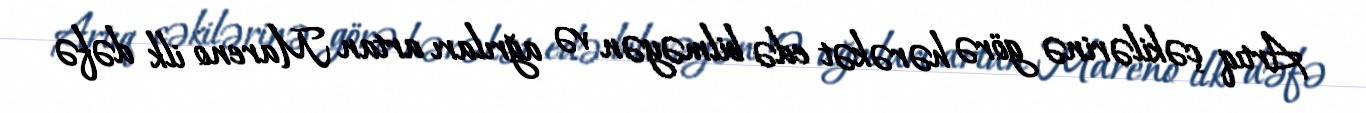
Artıq çəkilərinə görə hərəkət edə bilməyən və ağrıları artan Mareno ilk dəfə